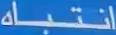
انتباه